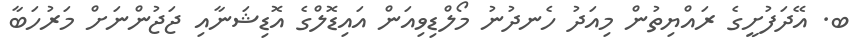
ބ. އޭދަފުށީގެ ރައްޔިތުން މިއަދު ހެނދުނު މޯލްޑިވިއަން އައިޑޮލްގެ އޮޑިޝަނާއި ޖަޖުންނަށް މަރުހަބާ